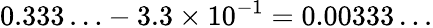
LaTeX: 0.333\ldots-3.3\times 10^{-1}=0.00333\ldots